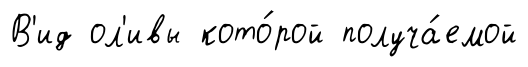
В'ид ол'ивы кото́рой получа́емой